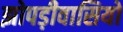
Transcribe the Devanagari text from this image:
झोपड़ीवासियों